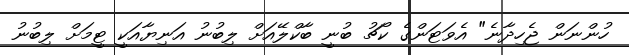
ހުންނަން ޖެހިދާނެ" އެވަޓަންގެ ކޯޗު ބުނީ ބާކްލޭއަށް ލިބުނު އަނިޔާއަކީ ޓީމަށް ލިބުނު